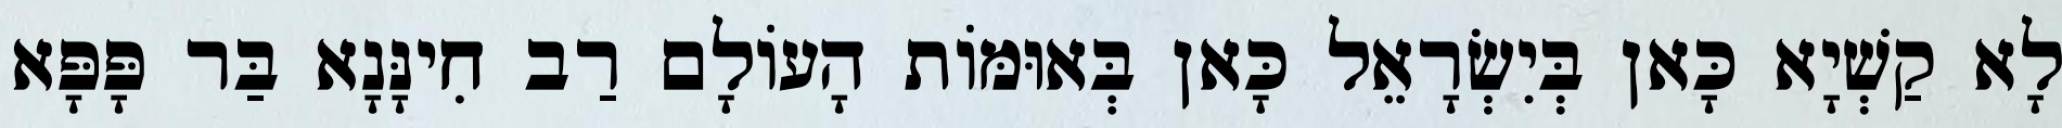
לָא קַשְׁיָא כָּאן בְּיִשְׂרָאֵל כָּאן בְּאוּמּוֹת הָעוֹלָם רַב חִינָּנָא בַּר פָּפָּא